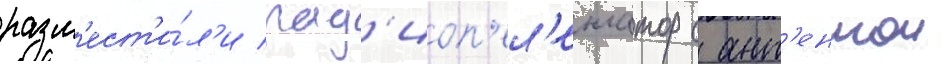
разм'ест'и́л'и рад'иоп'ел'енгатор с ант'еннои